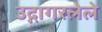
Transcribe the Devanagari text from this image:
उद्गागरलेले